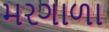
મરગાળા